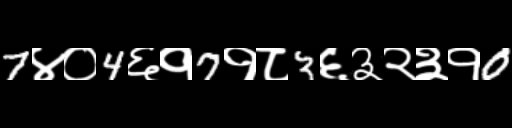
Text: 7४०4६१7१८3६३२३१0